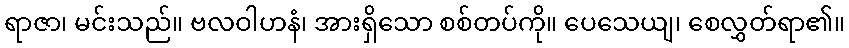
ရာဇာ၊ မင်းသည်။ ဗလဝါဟနံ၊ အားရှိသော စစ်တပ်ကို။ ပေသေယျ၊ စေလွှတ်ရာ၏။